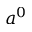
a ^ { 0 }